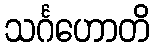
သင်္ဂဟောတိ